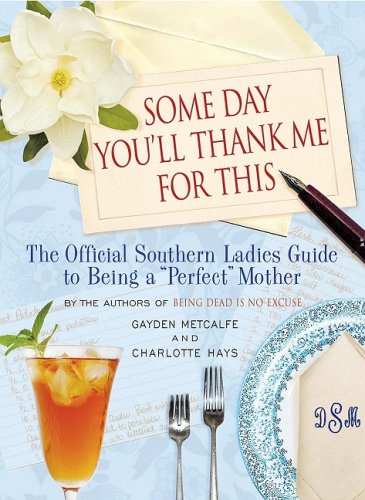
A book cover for Some Day You'll Thank Me for This: The Official Southern Ladies' Guide to Being a "Perfect" Mother; Charlotte Hays; Humor & Entertainment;